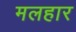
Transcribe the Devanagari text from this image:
मलहार